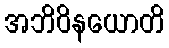
အဘိဝိနယောတိ